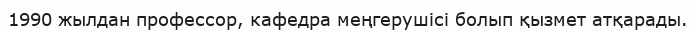
1990 жылдан профессор, кафедра меңгерушісі болып қызмет атқарады.